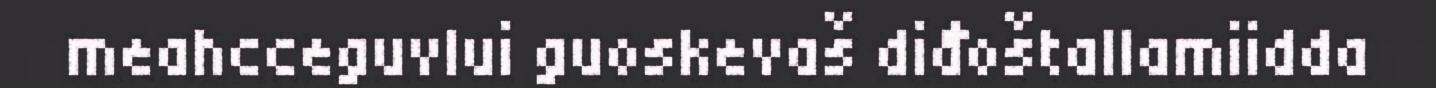
meahcceguvlui guoskevaš diđoštallamiidda